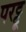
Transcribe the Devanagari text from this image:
परट्टू